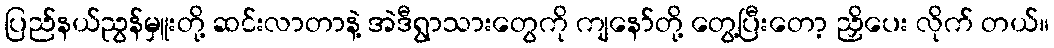
ပြည်နယ်ညွန်မှူးတို့ ဆင်းလာတာနဲ့ အဲဒီရွာသားတွေကို ကျနော်တို့ တွေ့ပြီးတော့ ညှိပေး လိုက် တယ်။